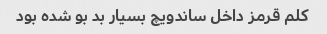
کلم قرمز داخل ساندویچ بسیار بد بو شده بود